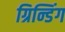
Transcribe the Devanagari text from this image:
ग्रिन्डिंग